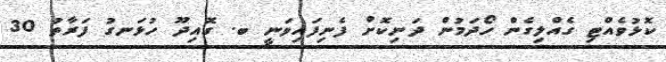
ކޮޅުވެއްޓި ގެއްލިގެން ހޯދަމުން ދަނިކޮށް ފެނިފައިވަނީ ބ. ގޮއިދޫ ހުޅަނގު ފަރާތު 30